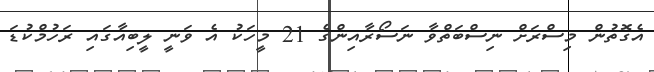
އެގޮތުން މިސްރަށް ނިސްބަތްވާ ނަސޯރާއިންގެ 21 މީހަކު އެ ވަނީ ލީބިއާގައި ރަހުމްކުޑަ